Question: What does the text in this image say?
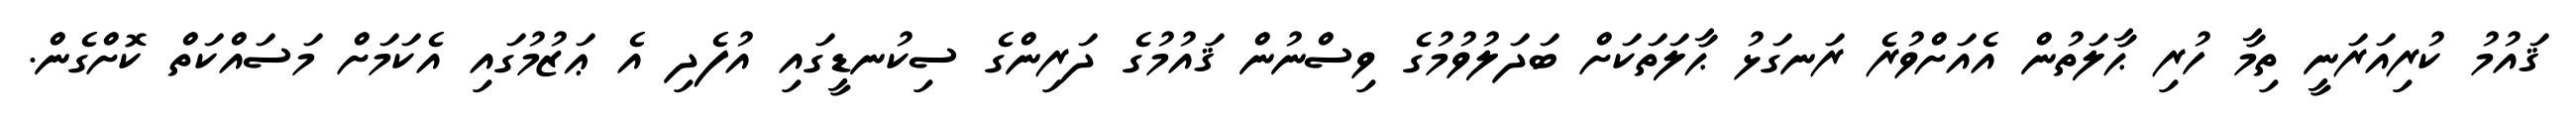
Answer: ޤައުމު ކުރިއަރަނީ ތިމާ ހުރި ޙާލަތުން އެއަށްވުރެ ރަނގަޅު ޙާލަތަކަށް ބަދަލުވުމުގެ ވިސްނުން ޤައުމުގެ ދަރިންގެ ސިކުނޑީގައި އުފެދި އެ ޢަޒުމުގައި އެކަމަށް މަސައްކަތް ކޮށްގެން.